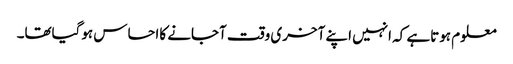
معلوم ہوتاہے کہ انہیں اپنے آخری وقت آجانے کااحساس ہوگیاتھا۔